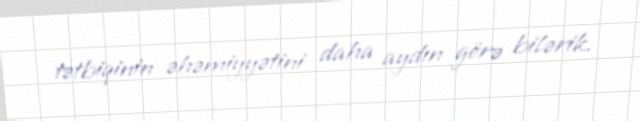
tətbiqinin əhəmiyyətini daha aydın görə bilərik.